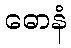
ဓောနံ